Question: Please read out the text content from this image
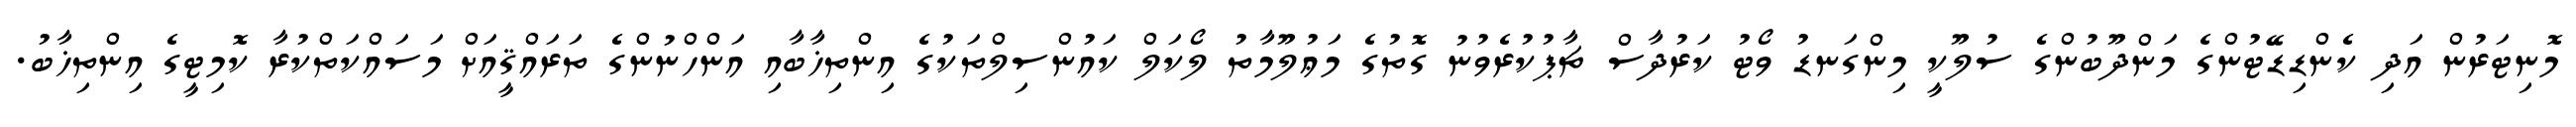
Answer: މޮނިޓަރުން އަދި ކެންޑިޑޭޓުންގެ މަންދޫބުންގެ ސުލޫކީ މިންގަނޑު ވޯޓު ކަރުދާސް ޗާޕުކުރެވުނު ގޮތުގެ މަޢުލޫމާތު ލޯކަލް ކައުންސިލްތަކުގެ އިންތިޚާބާއި އަންހްނުންގެ ތަރައްޤީއަށް މަސައްކަތްކުރާ ކޮމިޓީގެ އިންތިޚާބު.